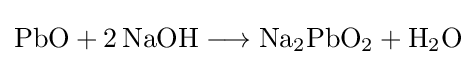
{\mathrm {PbO} {}+{}2\,\mathrm {NaOH} {}\mathrel {\longrightarrow } {}\mathrm {Na} {\vphantom {A}}_{\smash[{t}]{2}}\mathrm {PbO} {\vphantom {A}}_{\smash[{t}]{2}}{}+{}\mathrm {H} {\vphantom {A}}_{\smash[{t}]{2}}\mathrm {O} }